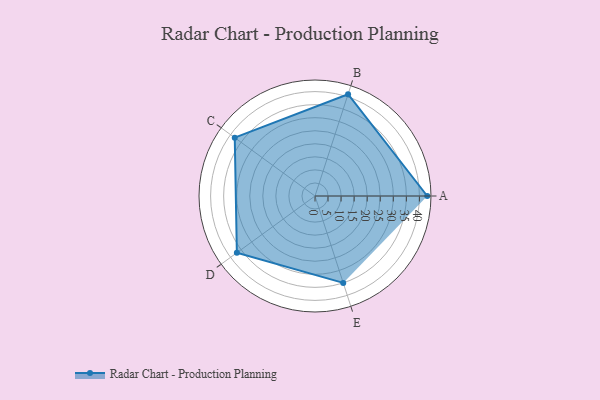
{"axis": {"x": "Skill", "y": "Score"}, "legend": ["Profile"], "data": [{"x": "A", "y": 43.0, "type": "Profile"}, {"x": "B", "y": 41.0, "type": "Profile"}, {"x": "C", "y": 38.0, "type": "Profile"}, {"x": "D", "y": 37.0, "type": "Profile"}, {"x": "E", "y": 35.0, "type": "Profile"}]}